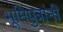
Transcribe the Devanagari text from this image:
भूमिपुत्रांनी